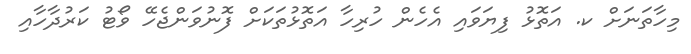
މިހާތަނަށް ކ. އަތޮޅު ފިޔަވައި އެހެން ހުރިހާ އަތޮޅުތަކަށް ފޮނުވަންޖެހޭ ވޯޓު ކަރުދާހާއި